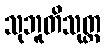
သုဘူတိသုတ္တ